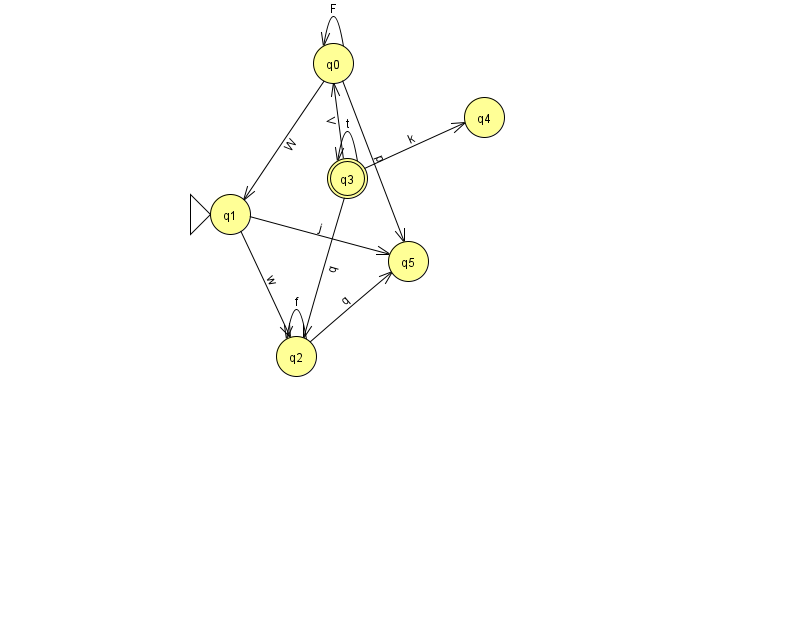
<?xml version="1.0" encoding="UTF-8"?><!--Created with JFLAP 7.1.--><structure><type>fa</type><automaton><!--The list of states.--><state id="0" name="q0"><x>333.0</x><y>50.0</y></state><state id="1" name="q1"><x>230.0</x><y>201.0</y><initial/></state><state id="2" name="q2"><x>296.0</x><y>343.0</y></state><state id="3" name="q3"><x>347.0</x><y>165.0</y><final/></state><state id="4" name="q4"><x>484.0</x><y>104.0</y></state><state id="5" name="q5"><x>408.0</x><y>248.0</y></state><!--The list of transitions.--><transition><from>0</from><to>1</to><read>W</read></transition><transition><from>1</from><to>2</to><read>w</read></transition><transition><from>3</from><to>0</to><read>V</read></transition><transition><from>1</from><to>5</to><read>j</read></transition><transition><from>3</from><to>2</to><read>q</read></transition><transition><from>3</from><to>3</to><read>t</read></transition><transition><from>0</from><to>0</to><read>F</read></transition><transition><from>2</from><to>2</to><read>f</read></transition><transition><from>2</from><to>5</to><read>q</read></transition><transition><from>0</from><to>5</to><read>p</read></transition><transition><from>3</from><to>4</to><read>k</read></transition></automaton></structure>